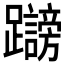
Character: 𲄓